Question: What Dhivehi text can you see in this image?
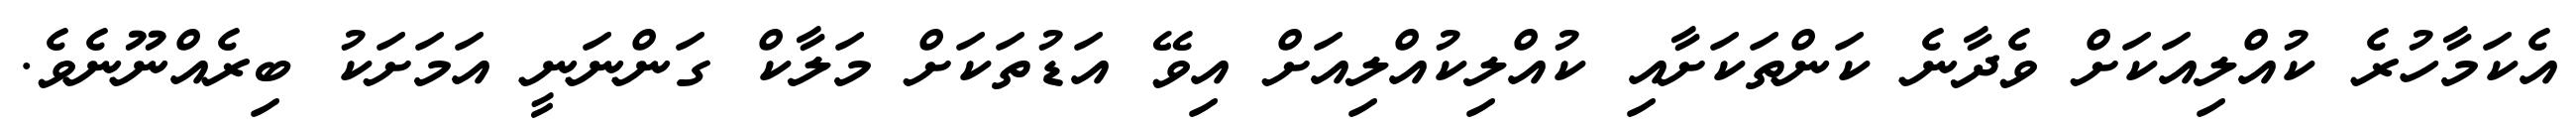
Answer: އެކަމާހުރެ ކުއްލިއަކަށް ވެދާނެ ކަންތަކަށާއި ކުއްލިކުއްލިއަށް އިވޭ އަޑުތަކަށް މަލާކް ގަންނަނީ އަމަށަކު ބިރެއްނޫނެވެ.